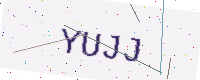
Text: YUJJ